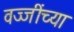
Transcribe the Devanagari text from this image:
वज्जींच्या